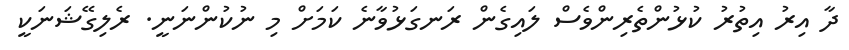
ދާ އިރު އިތުރު ކުޅުންތެރިންވެސް ލައިގެން ރަނގަޅުވާނެ ކަމަށް މި ނުކުންނަނީ. ރެލިގޭޝަނަކީ